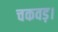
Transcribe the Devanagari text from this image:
चकवड़।